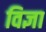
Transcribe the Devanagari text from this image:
विज्ञा